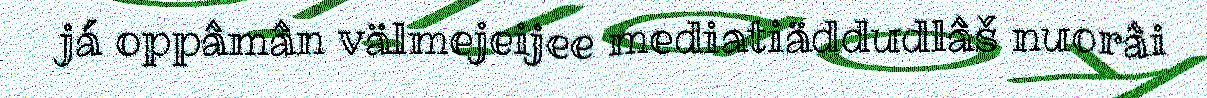
já oppâmân välmejeijee mediatiäddudlâš nuorâi